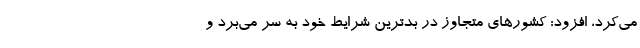
می‌کرد، افزود: کشورهای متجاوز در بدترین شرایط خود به سر می‌برد و